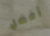
أفضل